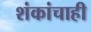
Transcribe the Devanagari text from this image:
शंकांचाही